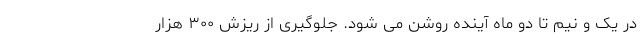
در یک و نیم تا دو ماه آینده روشن می شود. جلوگیری از ریزش ۳۰۰ هزار